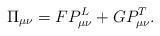
LaTeX: \begin{align*}\Pi_{\mu \nu}=FP^{L}_{\mu \nu}+GP^{T}_{\mu \nu}.\end{align*}